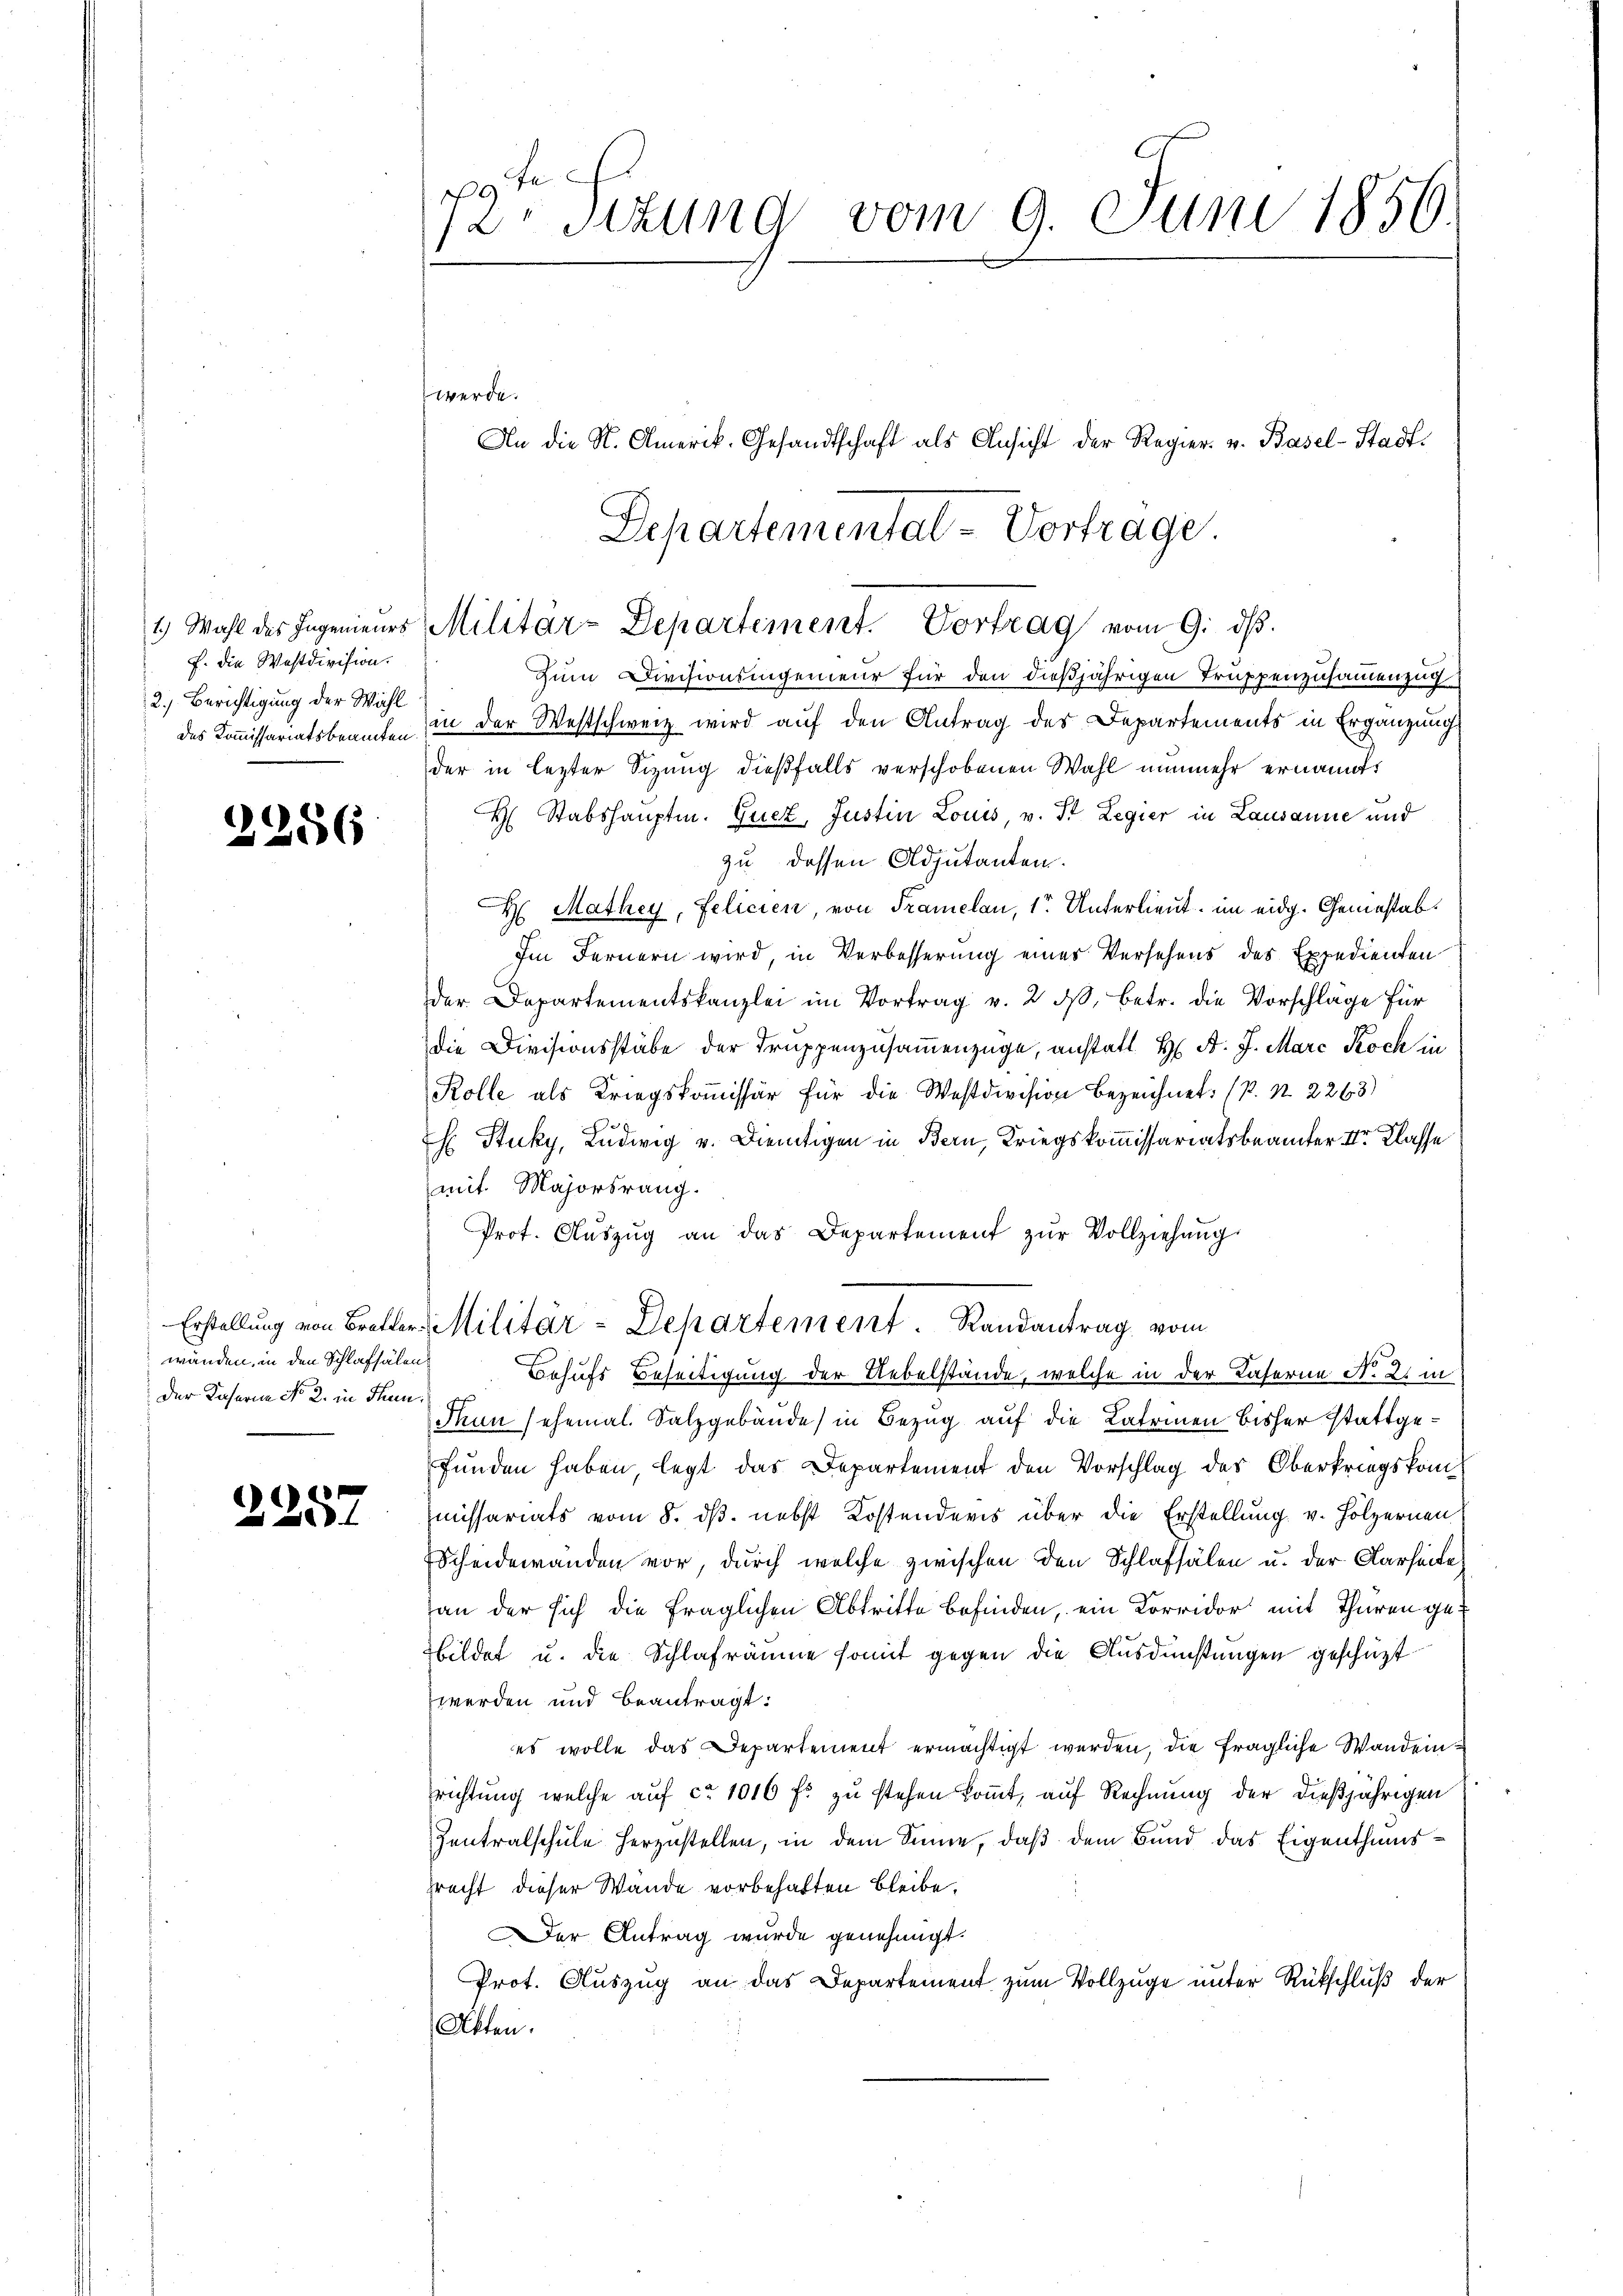
f. die Wastdivision.
2.) Berichtigung der Wahl

2286

wänden, in den Schlafsälen
Der Kaserin No 2. in Thun¬

2257

72. Sitzung vom 9. Juni 1856.

werde.
An die N. Amerik. Gesandtschaft als Ansicht der Regier- u. Basel-Stadt-

Zum Divisionsingenieur für den dießjährigen Truppenzusammenzug
des Kommissariatsbeamten, in der Westschweiz wird auf den Antrag des Departements in Ergänzungs
der in lezter Sizung dießfalls verschobenen Wahl nunmehr ernannt:
H. Stabshauptm. Gucz, Justin Louis, v. St. Legier in Lausanne und
zu dessen Adjutanten.
H Mathey, Felicien, von Tramelan, 1r Unterlieut. im eidg. Gemesab¬
Im Fernern wird, in Verbesserung eines Versehens des Expedienten
der Departementskanzlei im Vortrag v. 2. dβ, betr. die Vorschläge für
die Divisionsstabe der Truppenzusammenzüge, anstatt H. F. J. Marc Koch in
Rolle als Kriegskomissär für die Westdivision bezeichnet: (P. Nr. 2263)
E Stuky, Ludwig v. Dientigen in Bern, Kriegskommissariatsbeamter II. Klasse
mit Majorsrang.
Prot. Aŭszŭg an das Departement zŭr Vollziehung
Erstellung von Bretter Militär-Departement. Randantrag vom
Behufs Beseitigung der Uebelstände, welche in der Taferne No 2. in
Thun sehemal. Salzgebäude in Bezug auf die Lateinen bisher stattgefunden haben, legt das Departement den Vorschlag des Oberkriegskommissariats vom 8. ds. nebst Kostenderis über die Erstellung v. Holzernen
Scheidewanden vor, durch welche zwischen den Schlafsälen u. der Klarheite
an der sich die fraglichen Abtritte befinden, ein Korridor mit Thüren gebildet u. die Schlafräume somit gegen die Ausdünstungen geschüzt
werden und beantragt:
es wolle das Departement ermächtigt werden, die fragliche Wandeinrichtung, welche auf ca 1016 fl zu stehen kommt, auf Rechnung der dießjährigen
Zentralschule herzustellen, in dem Sinne, daß dem Bund das Eigenthumsprecht dieser Wande vorbehalten bleibe.
er Antrag wurde genehmigt.
Prot. Auszug an das Departement zum Vollzuge unter Rückschluß der
Atten.

Departemental-Vortrage
1.) Wahl des Ingenieŭrs Militär-Departement. Vortrag vom 9. dβ.